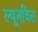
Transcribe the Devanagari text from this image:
ल्यूनविल